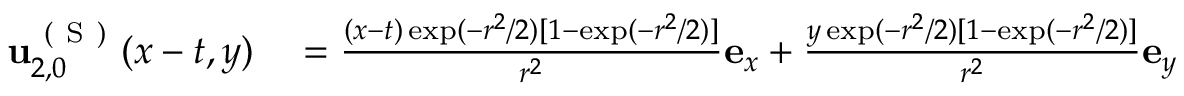
\begin{array} { r l } { \mathbf { u } _ { 2 , 0 } ^ { \mathrm { ~ ( ~ S ~ ) ~ } } ( x - t , y ) } & { { } = \frac { ( x - t ) \exp ( - r ^ { 2 } / 2 ) [ 1 - \exp ( - r ^ { 2 } / 2 ) ] } { r ^ { 2 } } \mathbf { e } _ { x } + \frac { y \exp ( - r ^ { 2 } / 2 ) [ 1 - \exp ( - r ^ { 2 } / 2 ) ] } { r ^ { 2 } } \mathbf { e } _ { y } } \end{array}